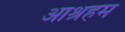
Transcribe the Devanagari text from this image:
आश्रहम